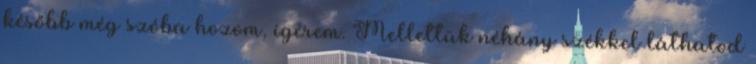
később még szóba hozom, ígérem. Mellettük néhány székkel láthatod